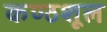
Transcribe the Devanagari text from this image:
कण्ठशूल